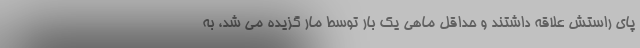
پای راستش علاقه داشتند و حداقل ماهی یک بار توسط مار گزیده می شد، به